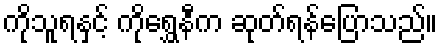
ကိုသူရနှင့် ကိုရွှေနီက ဆုတ်ရန်ပြောသည်။